Indian journal of veterinary science and animal husbandry - Volumes 26-27, 1956-1957
Year: 1956
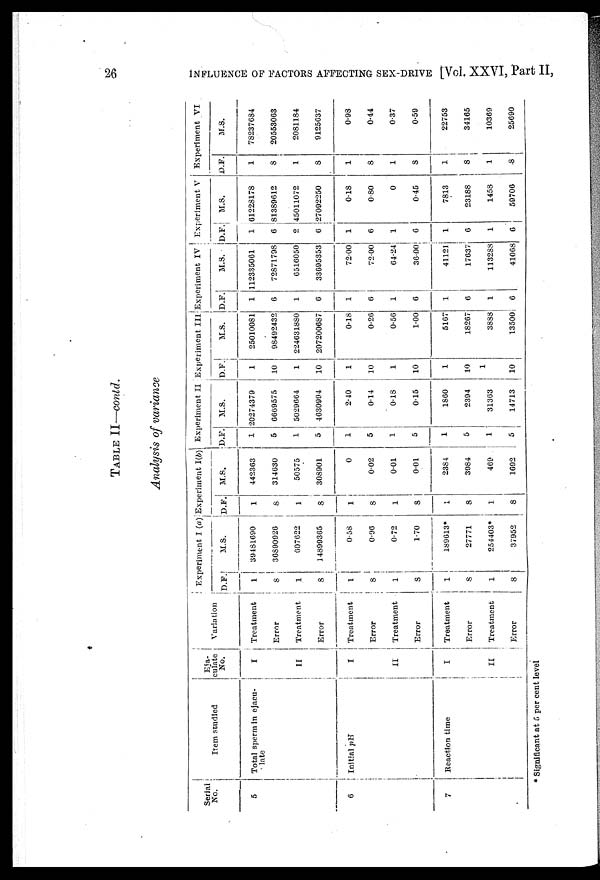
26
INFLUENCE OF FACTORS AFFECTING SEX.DRIVE [Vol. XXVI, Part II,
TABLE II—contd.
Analysis of variance
Serial
No.
5
6
7
Item studied
Total sperm in ejacu-
late
Initial pH
Reaction time
Eja-
culate
No.
I
II
I
II
I
II
Variation
Treatment
Error
Treatment
Error
Treatment
Error
Treatment
Error
Treatment
Error
Treatment
Error
Experiment I (a)
D.F.
1
8
1
8
1
8
1
8
1
1
1
8
M.S.
39181690
36890926
607622
14899365
0.58
0.96
0.72
1.70
189613*
27771
254403*
37952
Experiment I(b)
D.E.
1
8
1
8
1
8
1
8
1
8
1
8
M.S.
442363
314630
50575
308901
0
0.02
0.01
0.01
2384
3984
469
1692
Experiment II
D.E.
1
5
1
5
1
5
1
5
1
5
1
5
M.S.
20274379
6669575
5029664
4630994
2.40
0.14
0.18
0.15
1860
2394
31363
14713
Experiment III
D.E.
1
10
1
10
1
10
1
10
1
10
1
10
M.S.
25010081
98492432
224631880
207200687
0.18
0.26
0.56
1.00
5167
18267
3888
13500
Experiment IV
D.E.
1
6
1
6
1
6
1
6
1
6
1
6
M.S.
112335061
72871798
6516050
33695353
72.00
72.00
64.24
36.00
41121
17637
113288
41068
Experiment V
D.E.
1
6
2
6
1
6
1
6
1
6
1
6
M.S.
61228178
81389612
45011072
27092250
0.18
0.80
0
0.45
7813
23188
1458
59706
Experiment VI
D.F.
1
8
1
8
1
8
1
8
1
8
1
8
M.S.
78237684
20553063
2081184
9125637
0.98
0.44
0.37
0.59
22753
34165
10369
25690
* Significant at 5 per cent level